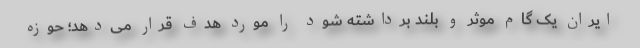
ایران یک گام موثر و بلند برداشته شود را مورد هدف قرار می‌دهد؛ حوزه